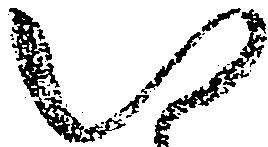
い